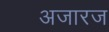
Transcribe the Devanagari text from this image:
अजारज